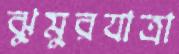
ঝুমুরযাত্রা